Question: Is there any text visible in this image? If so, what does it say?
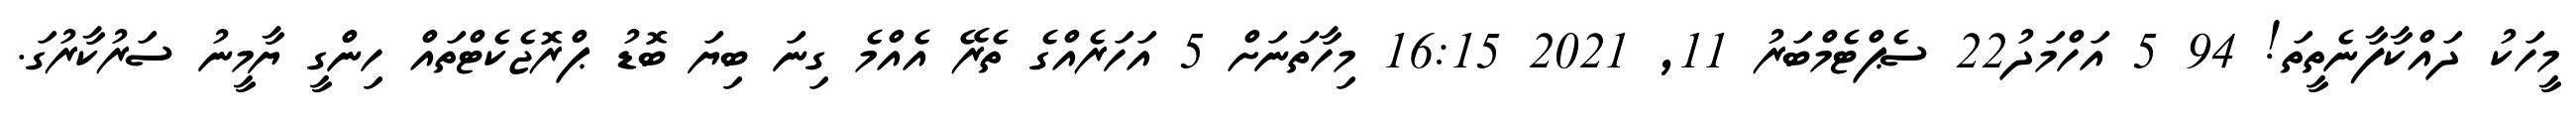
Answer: މީހަކު ދައްކާފާނެތީތަ! 94 5 އަހްމަދު22 ސެޕްޓެމްބަރު 11, 2021 16:15 މިހާތަނަށް 5 އަހަރެއްގެ ތެރޭ އެއްމެ ގިނަ ބިޔަ ބޮޑު ޕްރޮޖެކެޓްތައް ހިންގީ ޔާމީނު ސަރުކާރުގަ.